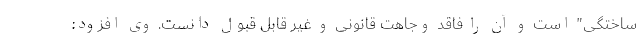
ساختگی" است و آن را فاقد وجاهت قانونی و غیر قابل قبول دانست. وی افزود: